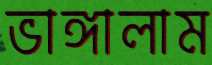
ভাঙ্গালাম